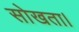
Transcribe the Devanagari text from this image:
सोखता।